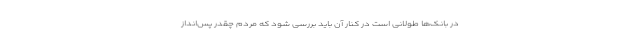
در بانک‌ها طولانی است در کنار آن باید بررسی شود که مردم چقدر پس‌انداز